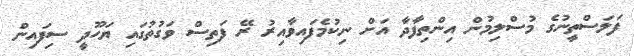
ފަލަސްތީނުގެ މުސްލިމުން އިންތިފާދާ އަށް ނިކުމެފައިވާއިރު ރޭ ފަތިސް ވަގުތުގައި ޔަހޫދީ ސިފައިން